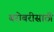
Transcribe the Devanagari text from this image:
बरोबरीसाठी